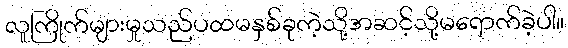
လူကြိုက်များမှုသည်ပထမနှစ်ခုကဲ့သို့အဆင့်သို့မရောက်ခဲ့ပါ။